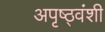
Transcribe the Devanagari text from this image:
अपृष्ठ्वंशी